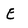
Character: E